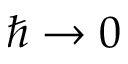
\hbar \to 0